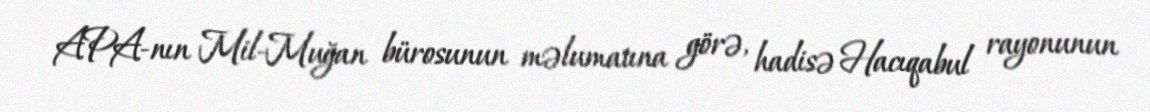
APA-nın Mil-Muğan bürosunun məlumatına görə, hadisə Hacıqabul rayonunun